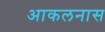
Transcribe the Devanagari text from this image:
आकलनास